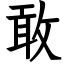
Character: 敢